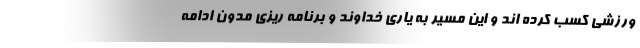
ورزشی کسب کرده اند و این مسیر به یاری خداوند و برنامه ریزی مدون ادامه